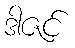
ဒါဇင်